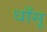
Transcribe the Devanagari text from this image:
धाँसू